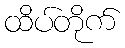
ထိပ်တိုက်